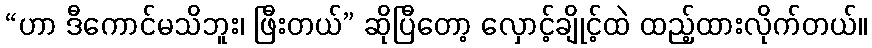
“ဟာ ဒီကောင်မသိဘူး၊ ဖြီးတယ်” ဆိုပြီတော့ လှောင့်ချိုင့်ထဲ ထည့်ထားလိုက်တယ်။